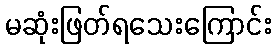
မဆုံးဖြတ်ရသေးကြောင်း